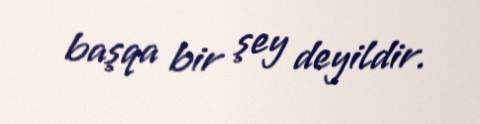
başqa bir şey deyildir.